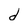
Character: d